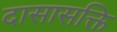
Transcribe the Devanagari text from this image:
दासासक्ति